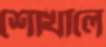
শোখালে